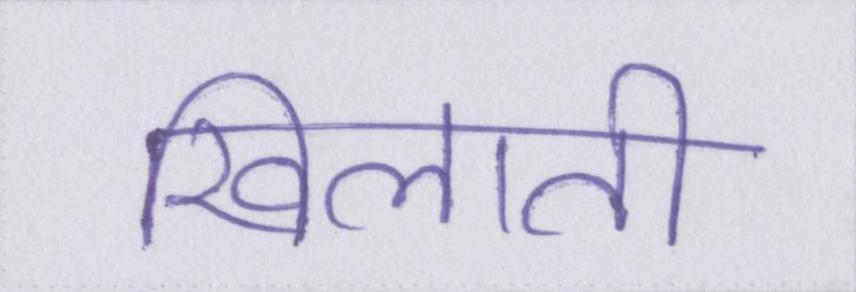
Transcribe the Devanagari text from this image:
खिलाती